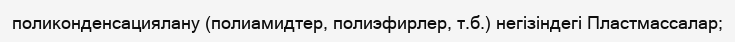
поликонденсациялану (полиамидтер, полиэфирлер, т.б.) негізіндегі Пластмассалар;